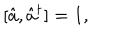
[ \hat { a } , \hat { a } ^ { \dagger } ] = 1 ,